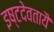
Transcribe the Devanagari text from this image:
इष्टदेवतायै